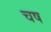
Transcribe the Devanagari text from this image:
चष